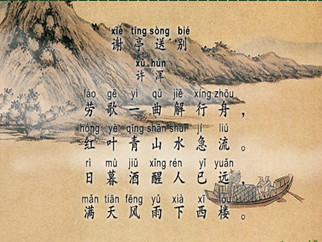
日暮酒醒人已远，满天风雨下西楼。